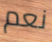
نعم